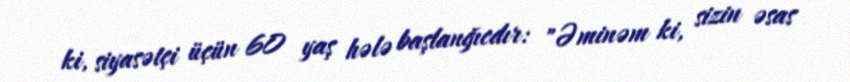
ki, siyasətçi üçün 60 yaş hələ başlanğıcdır: "Əminəm ki, sizin əsas